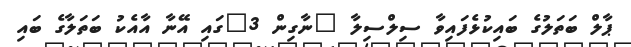
ޕާލް ބަތަލުގެ ބައިކުޅެފައިވާ ސިލްސިލާ "ނާގިން 3"ގައި އޭނާ އާއެކު ބަތަލާގެ ބައި